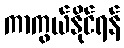
ကာကွယ်နိုင်ရန်